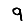
Digit: 9